Scientific memoirs by medical officers of the Army of India - Part XI,
Year: 1898
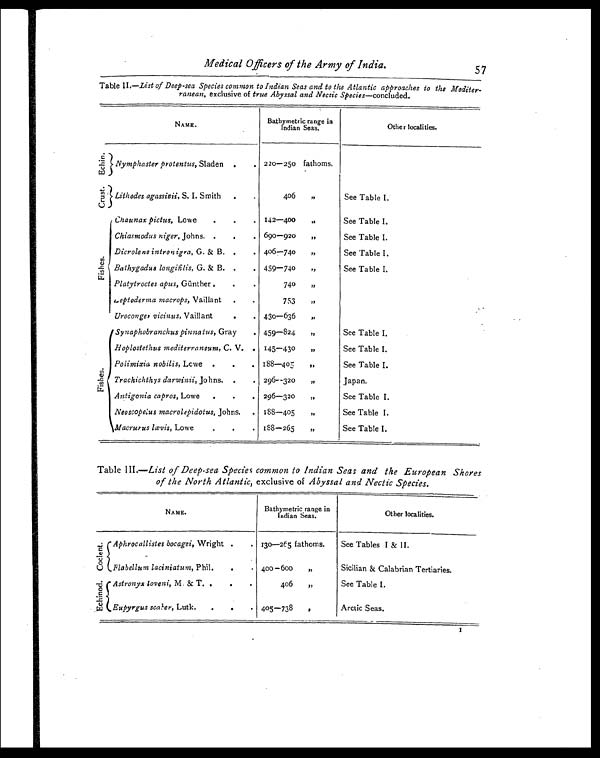
Medical Officers of the Army of India.
57
Table II.—List of Deep-sea Species common to Indian Seas and to the Atlantic approaches to the Mediter-
ranean, exclusive of true Abyssal and Nectic Species—concluded.
NAME.
Bathymetric range in
Indian Seas.
Other localities.
E c h i n Nymphaster protentus, Sladen .
. 220—250 fathoms,
Crust.
Lithodes agassizii, S. I. Smith .
.
406
„
See Table I.
F i s h e s
Chaunax pictus, Lowe
.
.
. 142—400
,,
See Table I.
Chiasmodus niger, Johns. .
.
. 690—920
,,
See Table I.
Dicrolene intronigra, G. & B. .
. 406—740
,,
See Table I.
Bathygadus longifilis, G. & B. .
. 459—740
,,
See Table I.
Platytroctes apus, Günther .
.
.
740
,,
Leptoderma macrops, Valliant .
.
753
,,
Uroconger vicinus, Vaillant
. . 430—636
,,
F i s h e s .
Synaphobranchus pinnatus, Gray
. 459—824
,,
See Table I.
Hoplostethus mediterraneum, C. V. . 145—430
,,
See Table I.
Polimixia nobilis, Lowe .
.
. 188—405
,,
See Table I.
Trachichthys darwinii, Johns. .
. 296—320
„
Japan.
Antigonia capros, Lowe .
.
. 296—320
„
See Table I.
Neoscopeius macrolepidotus, Johns. . 188—405
„
See Table I.
Macrurus lævis, Lowe
. . . 188—265
„
See Table I.
Table III .—List of Deep-sea Species common to Indian Seas and the European Shores
of the North Atlantic, exclusive of Abyssal and Nectic Species.
NAME.
Bathymetric range in
Indian Seas.
Other localities.
C o c l e n t .
Aphrocallistes bocagei, Wright .
. I30—265 fathoms.
See Tables I & II.
Flabellum laciniatum, Phil.
.
. 400—600
„
Sicilian & Calabrian Tertiaries.
E c h i n o d .
Astronyx loveni, M. & T. .
.
.
406
„
See Table I.
Eupyrgus scaber, Lutk.
.
.
. 405—738
,,
Arctic Seas.